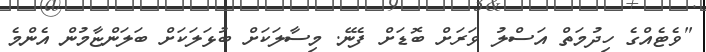
"ވެޓެއްގެ ހިދުމަތް އަސްލު ވަރަށް ބޮޑަށް ފެނޭ. މިސާލަކަށް ބުޅަލަކަށް ބަލަންޏާމުން އެންމެ